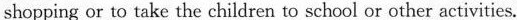
shopping or to take the children to school or other activities.